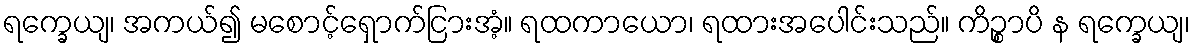
ရက္ခေယျ၊ အကယ်၍ မစောင့်ရှောက်ငြားအံ့။ ရထကာယော၊ ရထားအပေါင်းသည်။ ကိဉ္စာပိ န ရက္ခေယျ၊